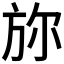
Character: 𣃥